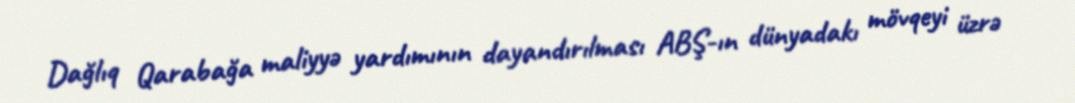
Dağlıq Qarabağa maliyyə yardımının dayandırılması ABŞ-ın dünyadakı mövqeyi üzrə